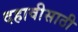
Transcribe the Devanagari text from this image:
दहावीसाठी